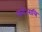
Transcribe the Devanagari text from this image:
लगे।रात्रि